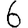
Digit: 6